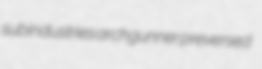
subindustries archgunner preversed